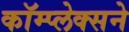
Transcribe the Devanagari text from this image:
कॉम्प्लेक्सने